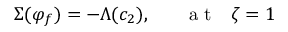
\Sigma ( \varphi _ { f } ) = - \Lambda ( c _ { 2 } ) , ~ ~ ~ ~ ~ \mathrm { ~ a ~ t ~ } ~ ~ \zeta = 1